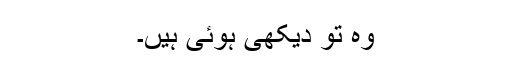
وہ تو دیکھی ہوئی ہیں۔